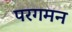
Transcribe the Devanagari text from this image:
परगमन